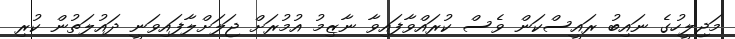
މަޖިލީހުގެ ނައިބު ރައީސްކަން ވެސް ކުރައްވާފައިވާ ނާޒިމު އުމުރަށް ޖަލަށްލާފައިވަނީ ދައުލަތުން ކުރި